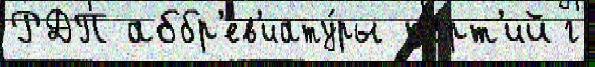
РДП аббр'ев'иату́ры па́рт'ий г